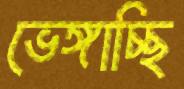
ভেঙ্গাচ্ছি